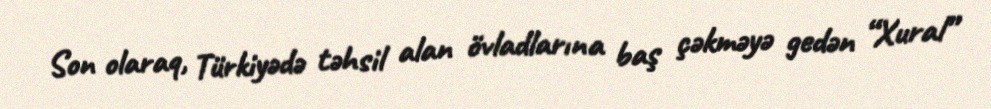
Son olaraq, Türkiyədə təhsil alan övladlarına baş çəkməyə gedən “Xural”